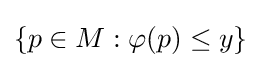
\{p\in M:\varphi (p)\leq y\}